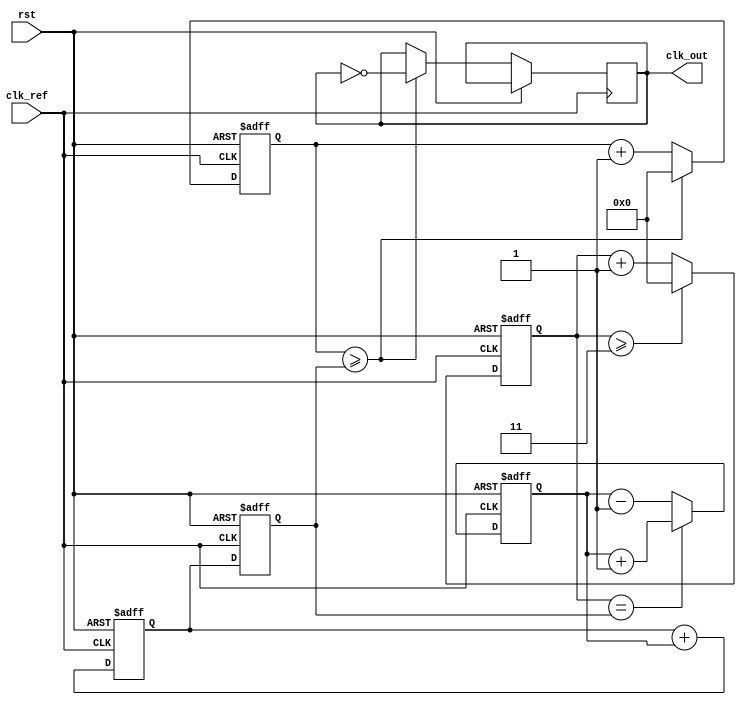
module integer_n_pll (
    input wire clk_ref,          // Reference clock input
    input wire rst,              // Reset signal
    output reg clk_out           // Output clock signal
);

    // Parameters
    parameter N = 4;             // Division factor (Integer N)
    parameter COUNTER_MAX = N-1; // Counter maximum value

    // Internal signals
    reg [31:0] phase_error;      // Phase error signal
    reg [31:0] control_voltage;   // Control voltage for VCO
    reg [31:0] vco_frequency;     // VCO frequency
    reg [31:0] vco_counter;       // VCO counter
    reg [31:0] divider_counter;   // Divider counter

    // Phase Detector (PD)
    always @(posedge clk_ref or posedge rst) begin
        if (rst) begin
            phase_error <= 0;
        end else begin
            // Example phase error calculation (simple model)
            // This is a placeholder for a real phase detector implementation
            if (divider_counter == vco_frequency) begin
                phase_error <= phase_error + 1; // Phase match
            end else begin
                phase_error <= phase_error - 1; // Phase mismatch
            end
        end
    end

    // Loop Filter (LF)
    always @(posedge clk_ref or posedge rst) begin
        if (rst) begin
            control_voltage <= 0;
        end else begin
            // Simple loop filter (integrator)
            control_voltage <= control_voltage + phase_error;
        end
    end

    // Voltage-Controlled Oscillator (VCO)
    always @(posedge clk_ref or posedge rst) begin
        if (rst) begin
            vco_frequency <= 0;
            vco_counter <= 0;
        end else begin
            // Adjust VCO frequency based on control voltage
            vco_frequency <= control_voltage; // Placeholder for VCO frequency adjustment
            // Generate VCO output clock
            if (vco_counter >= vco_frequency) begin
                clk_out <= ~clk_out; // Toggle output clock
                vco_counter <= 0;
            end else begin
                vco_counter <= vco_counter + 1;
            end
        end
    end

    // Divider (N-divider)
    always @(posedge clk_ref or posedge rst) begin
        if (rst) begin
            divider_counter <= 0;
        end else begin
            // Simple divider logic
            if (divider_counter >= COUNTER_MAX) begin
                divider_counter <= 0; // Reset counter
            end else begin
                divider_counter <= divider_counter + 1; // Increment counter
            end
        end
    end

endmodule